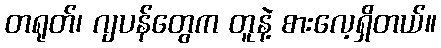
တရုတ်၊ ဂျပန်တွေက တူနဲ့ စားလေ့ရှိတယ်။